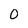
Character: O